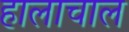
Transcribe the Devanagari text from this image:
हालाचाल